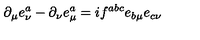
\partial _ { \mu } e _ { \nu } ^ { a } - \partial _ { \nu } e _ { \mu } ^ { a } = i f ^ { a b c } e _ { b \mu } e _ { c \nu }